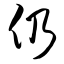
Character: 仍